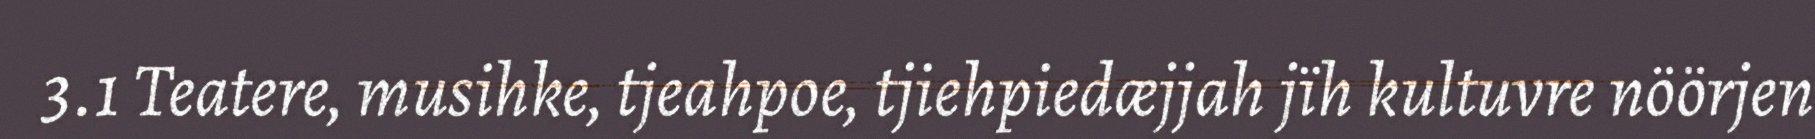
3.1 Teatere, musihke, tjeahpoe, tjiehpiedæjjah jïh kultuvre nöörjen